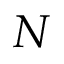
N